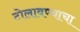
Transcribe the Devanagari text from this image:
टोलावण्याचा